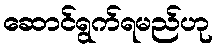
ဆောင်ရွက်ရမည်ဟု